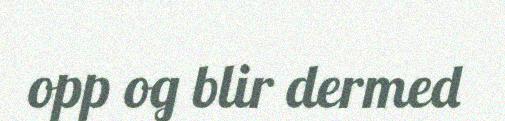
opp og blir dermed